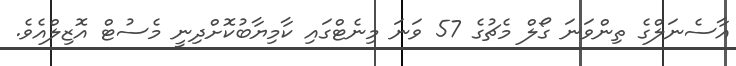
އާސެނަލްގެ ތިންވަނަ ގޯލް މެޗުގެ 57 ވަނަ މިނެޓްގައި ކާމިޔާބުކޮށްދިނީ މެސުޓް އޮޒިލްއެވެ.